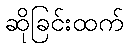
ဆိုခြင်းထက်